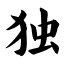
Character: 独